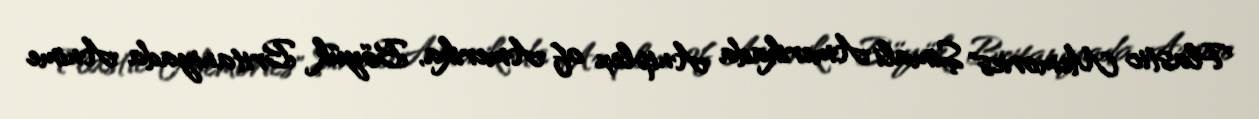
Plastic Memories" Şimali Amerikada Aniplex of Amerika, Böyük Britaniyada Anime